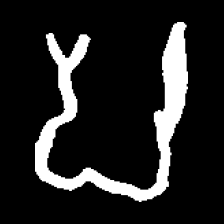
Pyu character \u2014 Myanmar letter: ပ (romanized: pa)